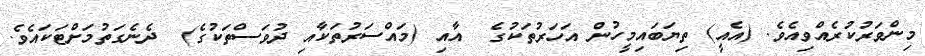
މިންވަރުކުރެއްވިއެވެ. (އެއީ) ތިޔަބައިމީހުން އަހަރުތަކުގެ  އާއި (މައްސަރުތަކާއި ދުވަސްތަކުގެ)  ދެނެގަތުމަށްޓަކައެވެ.